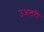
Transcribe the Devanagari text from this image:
उअत्तरी